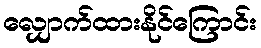
လျှောက်ထားနိုင်ကြောင်း